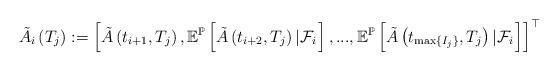
LaTeX: \begin{align*}\tilde{A_{i}}\left(T_{j}\right):=\left[\tilde{A}\left(t_{i+1},T_{j}\right),\mathbb{E}^{\mathbb{P}}\left[\tilde{A}\left(t_{i+2},T_{j}\right)\left|\mathcal{F}_{i}\right.\right],...,\mathbb{E}^{\mathbb{P}}\left[\tilde{A}\left(t_{\max\left\{ I_{j}\right\} },T_{j}\right)\left|\mathcal{F}_{i}\right.\right]\right]^{\top}\end{align*}